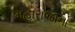
મહારાજાના